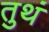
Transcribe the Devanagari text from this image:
तुथं